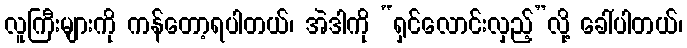
လူကြီးများကို ကန်တော့ရပါတယ်၊ အဲဒါကို “ရှင်လောင်းလှည့်”လို့ ခေါ်ပါတယ်၊